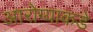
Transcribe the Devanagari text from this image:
आरोग्याकडे